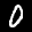
Label: 0